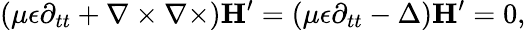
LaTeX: (\mu\epsilon\partial_{tt}+\nabla\times\nabla\times)\mathbf{H}^{\prime}=(\mu\epsilon\partial_{tt}-\Delta)\mathbf{H}^{\prime}=0,